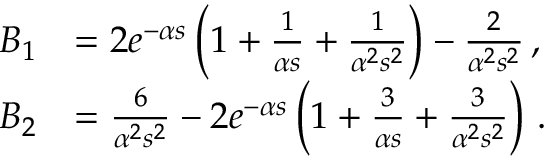
\begin{array} { r l } { B _ { 1 } } & { = 2 e ^ { - \alpha s } \left( 1 + \frac { 1 } { \alpha s } + \frac { 1 } { \alpha ^ { 2 } s ^ { 2 } } \right) - \frac { 2 } { \alpha ^ { 2 } s ^ { 2 } } \, , } \\ { B _ { 2 } } & { = \frac { 6 } { \alpha ^ { 2 } s ^ { 2 } } - 2 e ^ { - \alpha s } \left( 1 + \frac { 3 } { \alpha s } + \frac { 3 } { \alpha ^ { 2 } s ^ { 2 } } \right) \, . } \end{array}